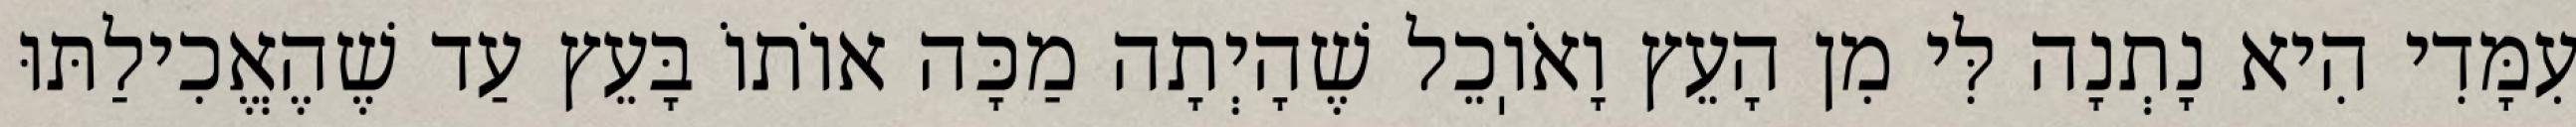
עִמָּדִי הִיא נָתְנָה לִּי מִן הָעֵץ וָאֹוֽכֵל שֶׁהָיְתָה מַכָּה אוֹתוֹ בָּעֵץ עַד שֶׁהֶאֱכִילַתּוּ